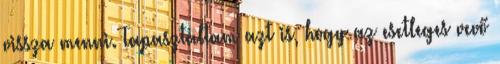
vissza menni. Tapasztaltam azt is, hogy az esetleges vevő